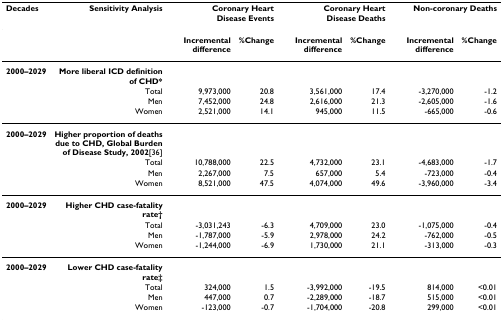
<table><thead><tr><td><b>Decades</b></td><td><b>Sensitivity Analysis</b></td><td colspan="2"><b>Coronary HeartDisease Events</b></td><td colspan="2"><b>Coronary HeartDisease Deaths</b></td><td colspan="2"><b>Non-coronary Deaths</b></td></tr></thead><tbody><tr><td></td><td></td><td><b>Incremental difference</b></td><td><b>%Change</b></td><td><b>Incremental difference</b></td><td><b>%Change</b></td><td><b>Incremental difference</b></td><td><b>%Change</b></td></tr><tr><td><b>2000–2029</b></td><td><b>More liberal ICD definition of CHD*</b></td><td></td><td></td><td></td><td></td><td></td><td></td></tr><tr><td></td><td>Total</td><td>9,973,000</td><td>20.8</td><td>3,561,000</td><td>17.4</td><td>-3,270,000</td><td>-1.2</td></tr><tr><td></td><td>Men</td><td>7,452,000</td><td>24.8</td><td>2,616,000</td><td>21.3</td><td>-2,605,000</td><td>-1.6</td></tr><tr><td></td><td>Women</td><td>2,521,000</td><td>14.1</td><td>945,000</td><td>11.5</td><td>-665,000</td><td>-0.6</td></tr><tr><td><b>2000–2029</b></td><td><b>Higher proportion of deaths due to CHD, Global Burden of Disease Study, 2002</b>[36]</td><td></td><td></td><td></td><td></td><td></td><td></td></tr><tr><td></td><td>Total</td><td>10,788,000</td><td>22.5</td><td>4,732,000</td><td>23.1</td><td>-4,683,000</td><td>-1.7</td></tr><tr><td></td><td>Men</td><td>2,267,000</td><td>7.5</td><td>657,000</td><td>5.4</td><td>-723,000</td><td>-0.4</td></tr><tr><td></td><td>Women</td><td>8,521,000</td><td>47.5</td><td>4,074,000</td><td>49.6</td><td>-3,960,000</td><td>-3.4</td></tr><tr><td><b>2000–2029</b></td><td><b>Higher CHD case-fatality rate†</b></td><td></td><td></td><td></td><td></td><td></td><td></td></tr><tr><td></td><td>Total</td><td>-3,031,243</td><td>-6.3</td><td>4,709,000</td><td>23.0</td><td>-1,075,000</td><td>-0.4</td></tr><tr><td></td><td>Men</td><td>-1,787,000</td><td>-5.9</td><td>2,978,000</td><td>24.2</td><td>-762,000</td><td>-0.5</td></tr><tr><td></td><td>Women</td><td>-1,244,000</td><td>-6.9</td><td>1,730,000</td><td>21.1</td><td>-313,000</td><td>-0.3</td></tr><tr><td><b>2000–2029</b></td><td><b>Lower CHD case-fatality rate‡</b></td><td></td><td></td><td></td><td></td><td></td><td></td></tr><tr><td></td><td>Total</td><td>324,000</td><td>1.5</td><td>-3,992,000</td><td>-19.5</td><td>814,000</td><td>&lt;0.01</td></tr><tr><td></td><td>Men</td><td>447,000</td><td>0.7</td><td>-2,289,000</td><td>-18.7</td><td>515,000</td><td>&lt;0.01</td></tr><tr><td></td><td>Women</td><td>-123,000</td><td>-0.7</td><td>-1,704,000</td><td>-20.8</td><td>299,000</td><td>&lt;0.01</td></tr></tbody></table>